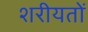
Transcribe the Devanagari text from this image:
शरीयतों